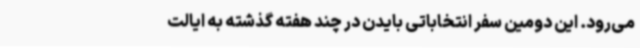
می‌رود. این دومین سفر انتخاباتی بایدن در چند هفته گذشته به ایالت